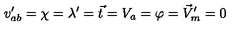
v _ { a b } ^ { \prime } = \chi = \lambda ^ { \prime } = \vec { t } = V _ { a } = \varphi = \vec { V } _ { m } ^ { \prime } = 0